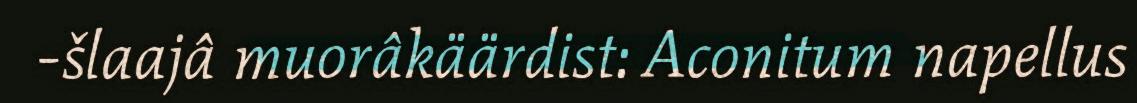
-šlaajâ muorâkäärdist: Aconitum napellus